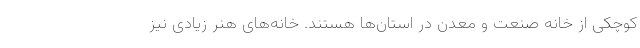
کوچکی از خانه صنعت و معدن در استان‌ها هستند. خانه‌های هنر زیادی نیز